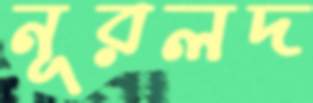
নূরলদ